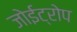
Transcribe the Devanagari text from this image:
जोईट्रोप